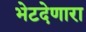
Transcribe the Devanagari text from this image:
भेटदेणारा